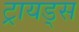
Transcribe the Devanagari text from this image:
ट्रायड्स